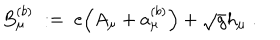
B _ { \mu } ^ { ( b ) } \; : = \; e \Big ( A _ { \mu } + a _ { \mu } ^ { ( b ) } \Big ) + \sqrt { g } h _ { \mu } \; .